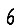
Digit: 6